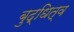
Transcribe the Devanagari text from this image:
बुद्धित्व